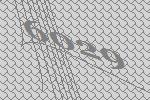
6029